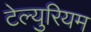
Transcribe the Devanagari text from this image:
टेल्युरियम